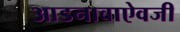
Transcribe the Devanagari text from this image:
आडनावाऐवजी